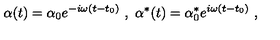
\alpha ( t ) = \alpha _ { 0 } e ^ { - i \omega ( t - t _ { 0 } ) } \ , \ \alpha ^ { * } ( t ) = \alpha _ { 0 } ^ { * } e ^ { i \omega ( t - t _ { 0 } ) } \ ,